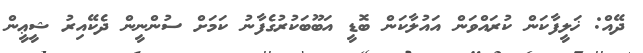
ދޭއް: ޚަލީފާކަން ކުރައްވަން އައުލާކަން ބޮޑީ އަބޫބަކުރުގެފާނު ކަމަށް ސުންނީން ދެކޭއިރު ޝީޢީން